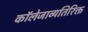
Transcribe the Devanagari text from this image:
कॉलेजाव्यतिरिक्त